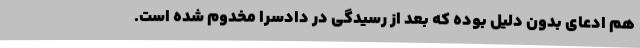
هم ادعای بدون دلیل بوده که بعد از رسیدگی در دادسرا مخدوم شده است.